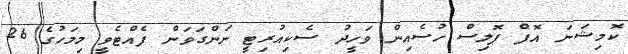
ކޮމިޝަނަ އޮފް ޕޮލިސް ހުސެއިން ވަހީދު ސެކިއުރިޓީ ނަންގަވަން ފެއްޓެވީ މިމަހުގެ 26